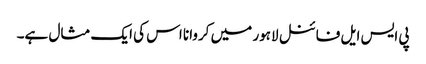
پی ایس ایل فائنل لاہور میں کروانا اس کی ایک مثال ہے۔